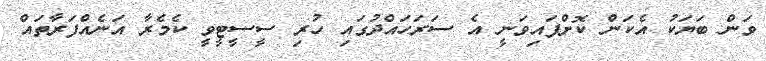
ވަން ބަޔަކު އެކަން ކޮށްފައިވަނީ އެ ސަރަހައްދުގައި ހުރި ސީސީޓީވީ ކެމެރާ އަނެއްފަރާތައް